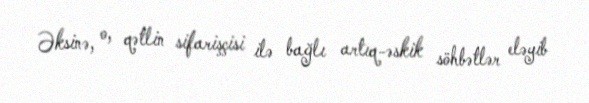
Əksinə, o, qətlin sifarişçisi ilə bağlı artıq-əskik söhbətlər eləyib